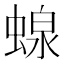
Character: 𧍭